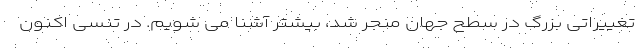
تغییراتی بزرگ در سطح جهان منجر شد، بیشتر آشنا می شویم. در تنسی اکنون